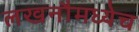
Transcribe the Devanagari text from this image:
लखनौमध्येच